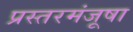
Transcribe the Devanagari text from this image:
प्रस्तरमंजूषा